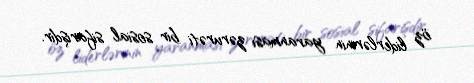
öz liderlərinin yaranması zərurəti bir sosial sifarişdir.